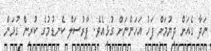
ނަދާ ގެއަށް ދިޔުމަށް ފަހު އަހަންނަށް ގުޅިއެވެ. ޕާރުސަލް ކެނޑުމުގެ ކުރިން ގުޅަން